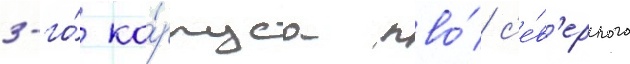
3-го́ ко́рпуса пво́ с'е́в'ерного